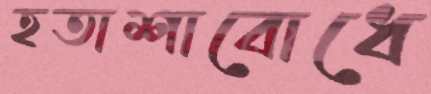
হতাশাবোধে